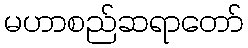
မဟာစည်ဆရာတော်